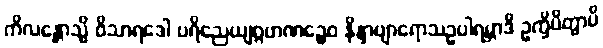
ကိလန္တောသ္မိ ဝိသာရဒေါ ပရိညေယျဂ္ဂဟဏဉ္စေဝ နိန္ဒာဗျာရောသဥပါရမ္ဘာဒိ ဥက္ခိပိတွာပိ